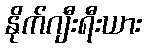
နိုက်ဂျီးရီးယား